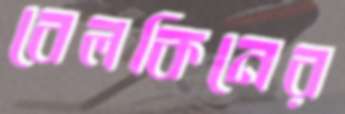
বেলকিনের